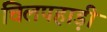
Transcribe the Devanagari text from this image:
चिलपहाड़ी